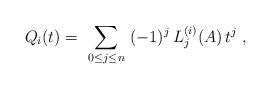
LaTeX: \begin{align*}Q_i(t) = \ \sum_{0\leq j \leq n} \ (-1)^j\, L_j^{(i)}(A)\,t^j \ ,\end{align*}